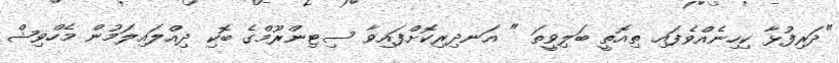
"ދަރިފުޅާ ކިހިނެއްވެފައި ތިއޮތީ ބަލިވީތަ " އަނދިރިކޮށްފައިވާ ސިޓިންރޫމްގެ ބޮކި ދިއްލައިލަމުން މެހްވިޝް